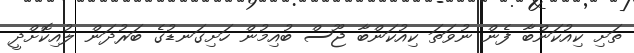
ތަށި ކިއުކަންބާ ފެން ނުވަތަ ކިއުކަންބާ ޖޫސް ބުއިމުން ހަށިގަނޑުގެ ބަރުދަން ލުއިކޮށްދީ